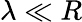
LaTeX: \lambda\ll R